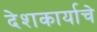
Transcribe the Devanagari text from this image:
देशकार्याचे